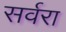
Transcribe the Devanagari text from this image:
सर्वरा